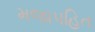
મજાપહિત